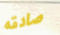
صادقه